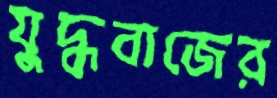
যুদ্ধবাজের